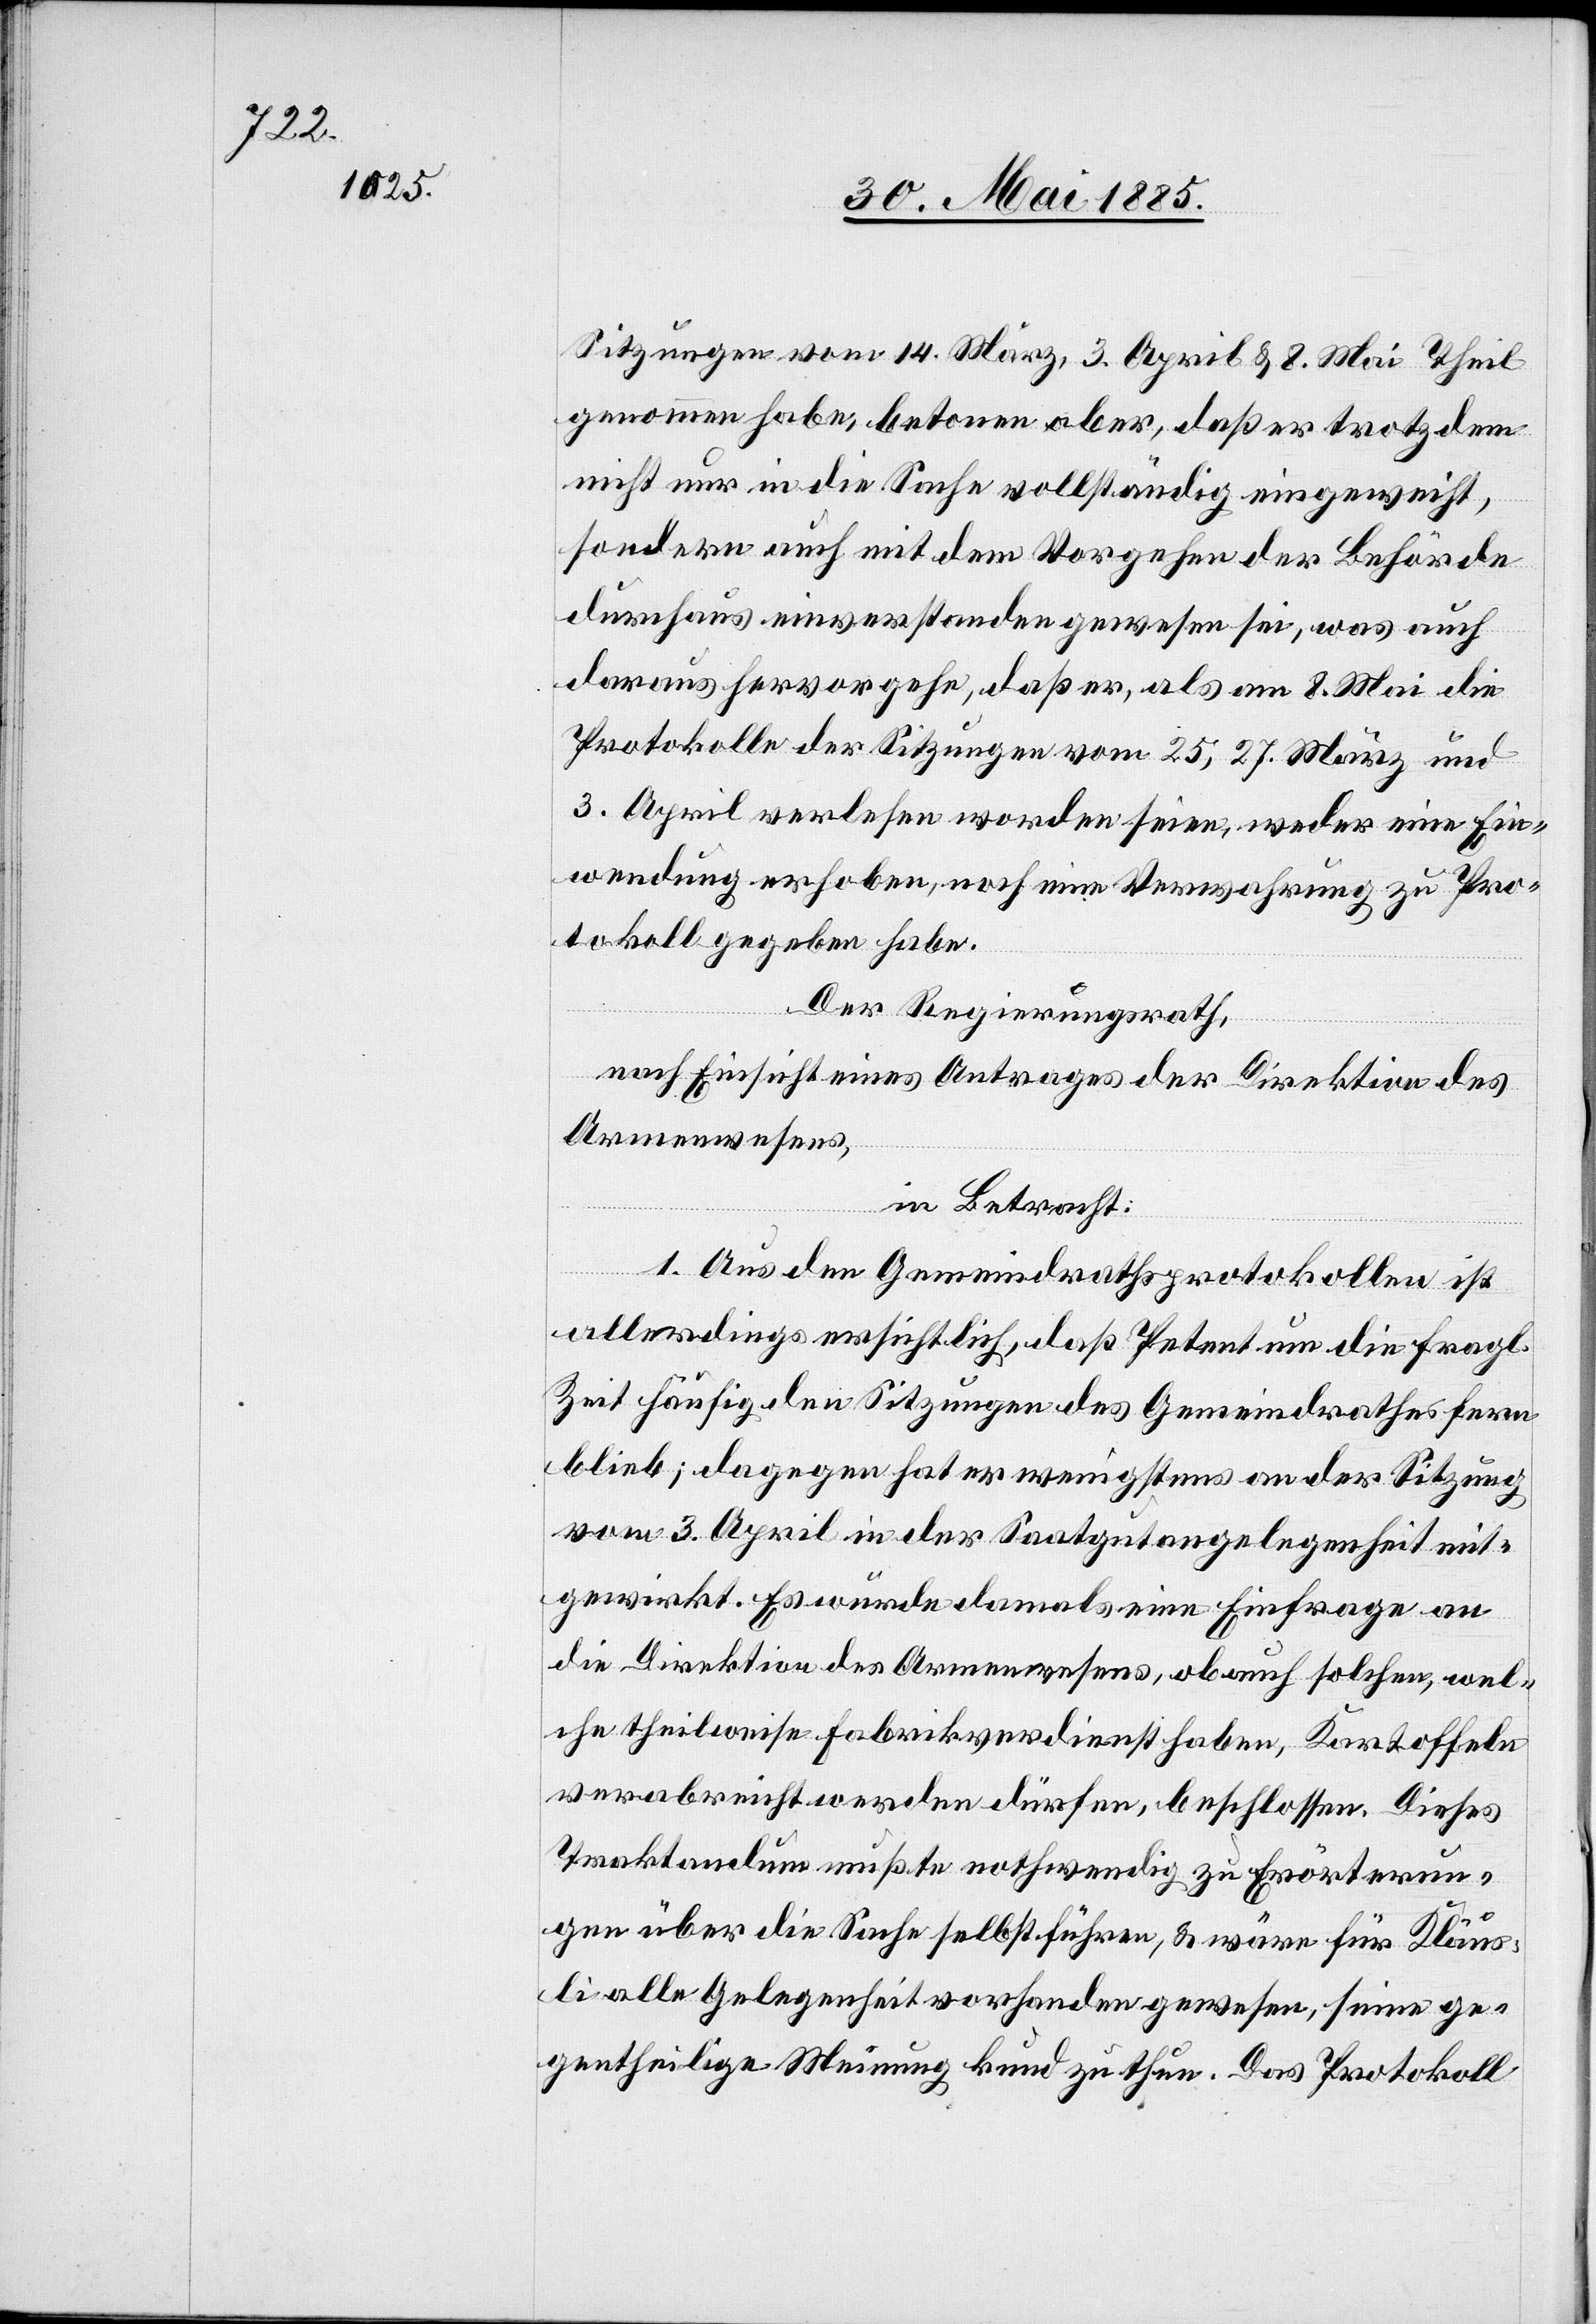
Sitzungen vom 14. März, 3. April & 8. Mai Theil
genommen habe, betonen aber, daß er trotzdem
nicht nur in die Sache vollständig eingeweiht,
sondern auch mit dem Vorgehen der Behörde
durchaus einverstanden gewesen sei, was auch
daraus hervorgehe, daß er, als am 8. Mai die
Protokolle der Sitzungen vom 25., 27. März und
3. April verlesen worden seien, weder eine Ein¬
wendung erhoben, noch eine Verwahrung zu Pro¬
tokoll gegeben habe.
Der Regierungsrath,
nach Einsicht eines Antrages der Direktion des
Armenwesens,
in Betracht:
1. Aus den Gemeindrathsprotokollen ist
allerdings ersichtlich, daß Petent um die fragl.
Zeit häufig den Sitzungen des Gemeindrathes fern
blieb; dagegen hat er wenigstens an der Sitzung
vom 3. April in der Saatgutangelegenheit mit¬
gewirkt. Es wurde damals eine Einfrage an
die Direktion des Armenwesens, ob auch solchen, wel¬
che theilweise Fabrikverdienst haben, Kartoffeln
verabreicht werden dürfen, beschlossen. Dieses
Traktandum mußte nothwendig zu Erörterun¬
gen über die Sache selbst führen, & wäre für Kläus¬
li alle Gelegenheit vorhanden gewesen, seine ge¬
gentheilige Meinung kund zu thun. Das Protokoll